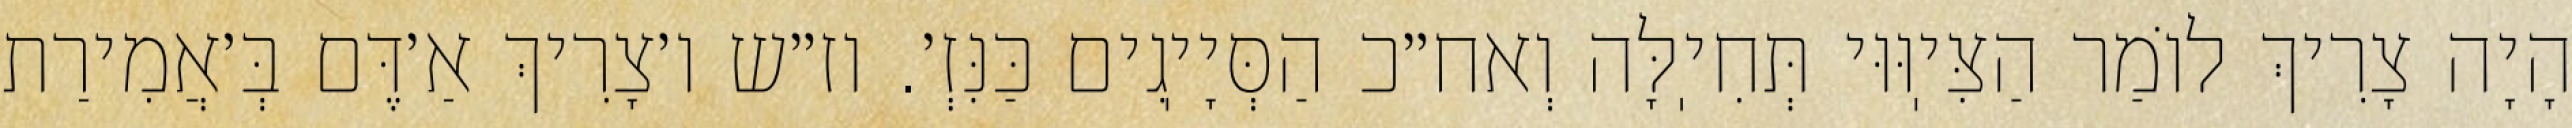
הָיָה צָרִיךְ לוֹמַר הַצִּיֽוּוּי תְּחִיֽלָּה וְאח״כ הַסְּיָיֽגִים כַּנִּזְ׳. וז״ש ו׳צָרִיךְ אַ׳דֶּם בְּ׳אֲמִירַת